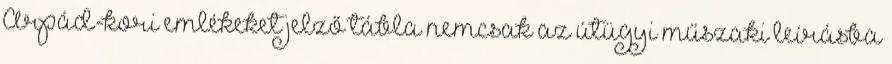
Árpád-kori emlékeket jelző tábla nemcsak az útügyi műszaki leírásba